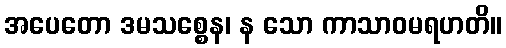
အပေတော ဒမသစ္စေန၊ န သော ကာသာဝမရဟတိ။